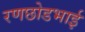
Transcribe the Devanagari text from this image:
रणछोडभाई